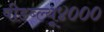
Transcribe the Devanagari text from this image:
पीडब्ल्यू४०००